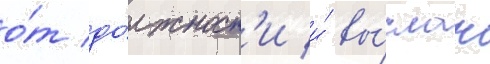
о́т до́лжност'и и́ вы́слан